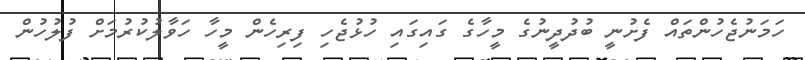
ހަމަނުޖެހުންތައް ފެށުނީ ބުދުދީނުގެ މީހާގެ ގައިގައި ހުޅުޖެހި ފިރިހެން މީހާ ހަވާލުކުރުމަށް ފުލުހުން